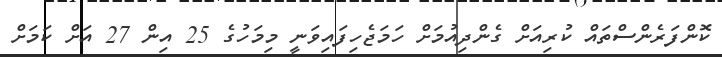
ކޮންފަރެންސްތައް ކުރިއަށް ގެންދިއުމަށް ހަމަޖެހިފައިވަނީ މިމަހުގެ 25 އިން 27 އަށް ކަމަށް